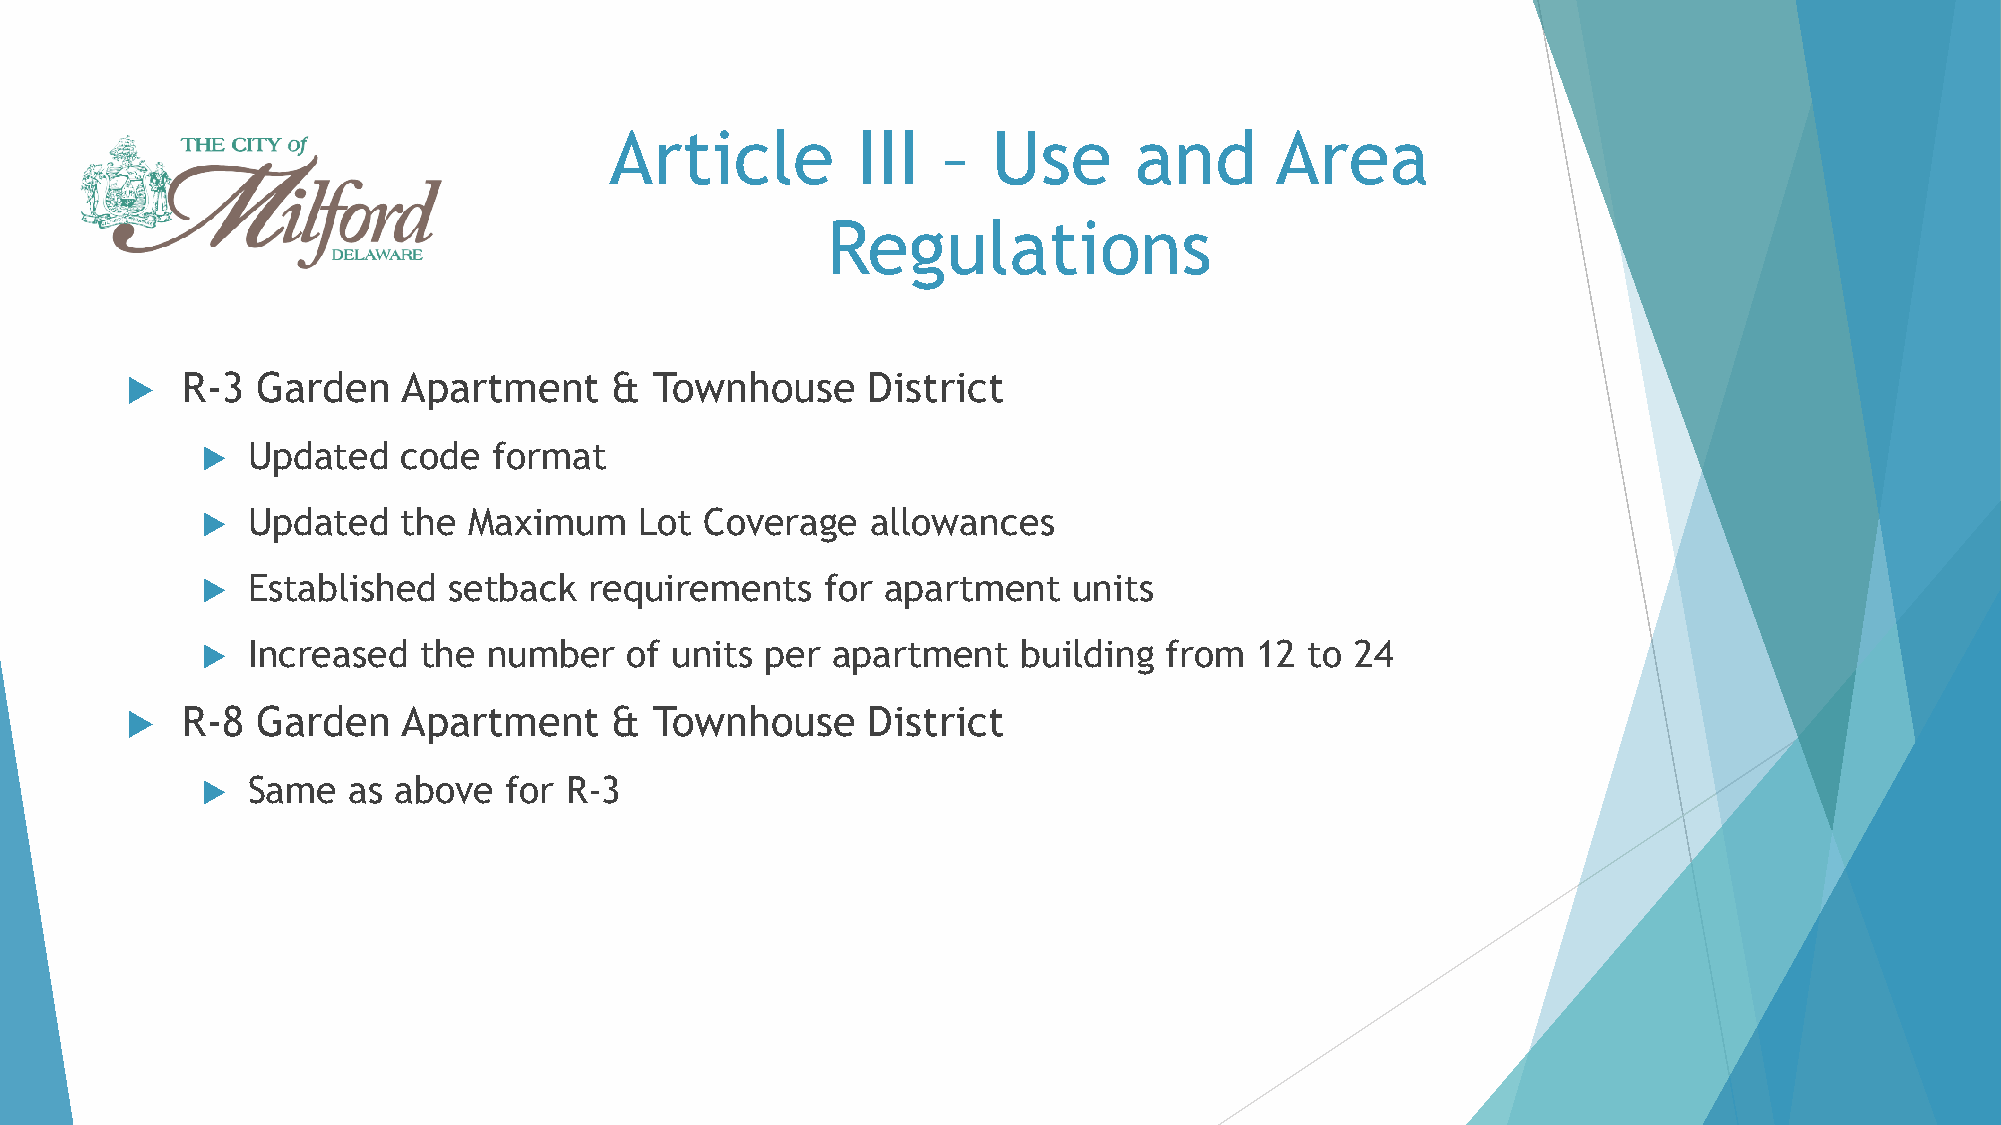
Article          III  –   Use      and      Area
 Regulations
    R-3  Garden    Apartment     & Townhouse     District
   Updated    code  format
   Updated    the Maximum    Lot  Coverage   allowances
   Established   setback  requirements    for apartment   units
   Increased   the number    of units per apartment    building from  12  to 24
    R-8  Garden    Apartment     & Townhouse     District
   Same   as above  for R-3